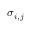
\sigma _ { i , j }